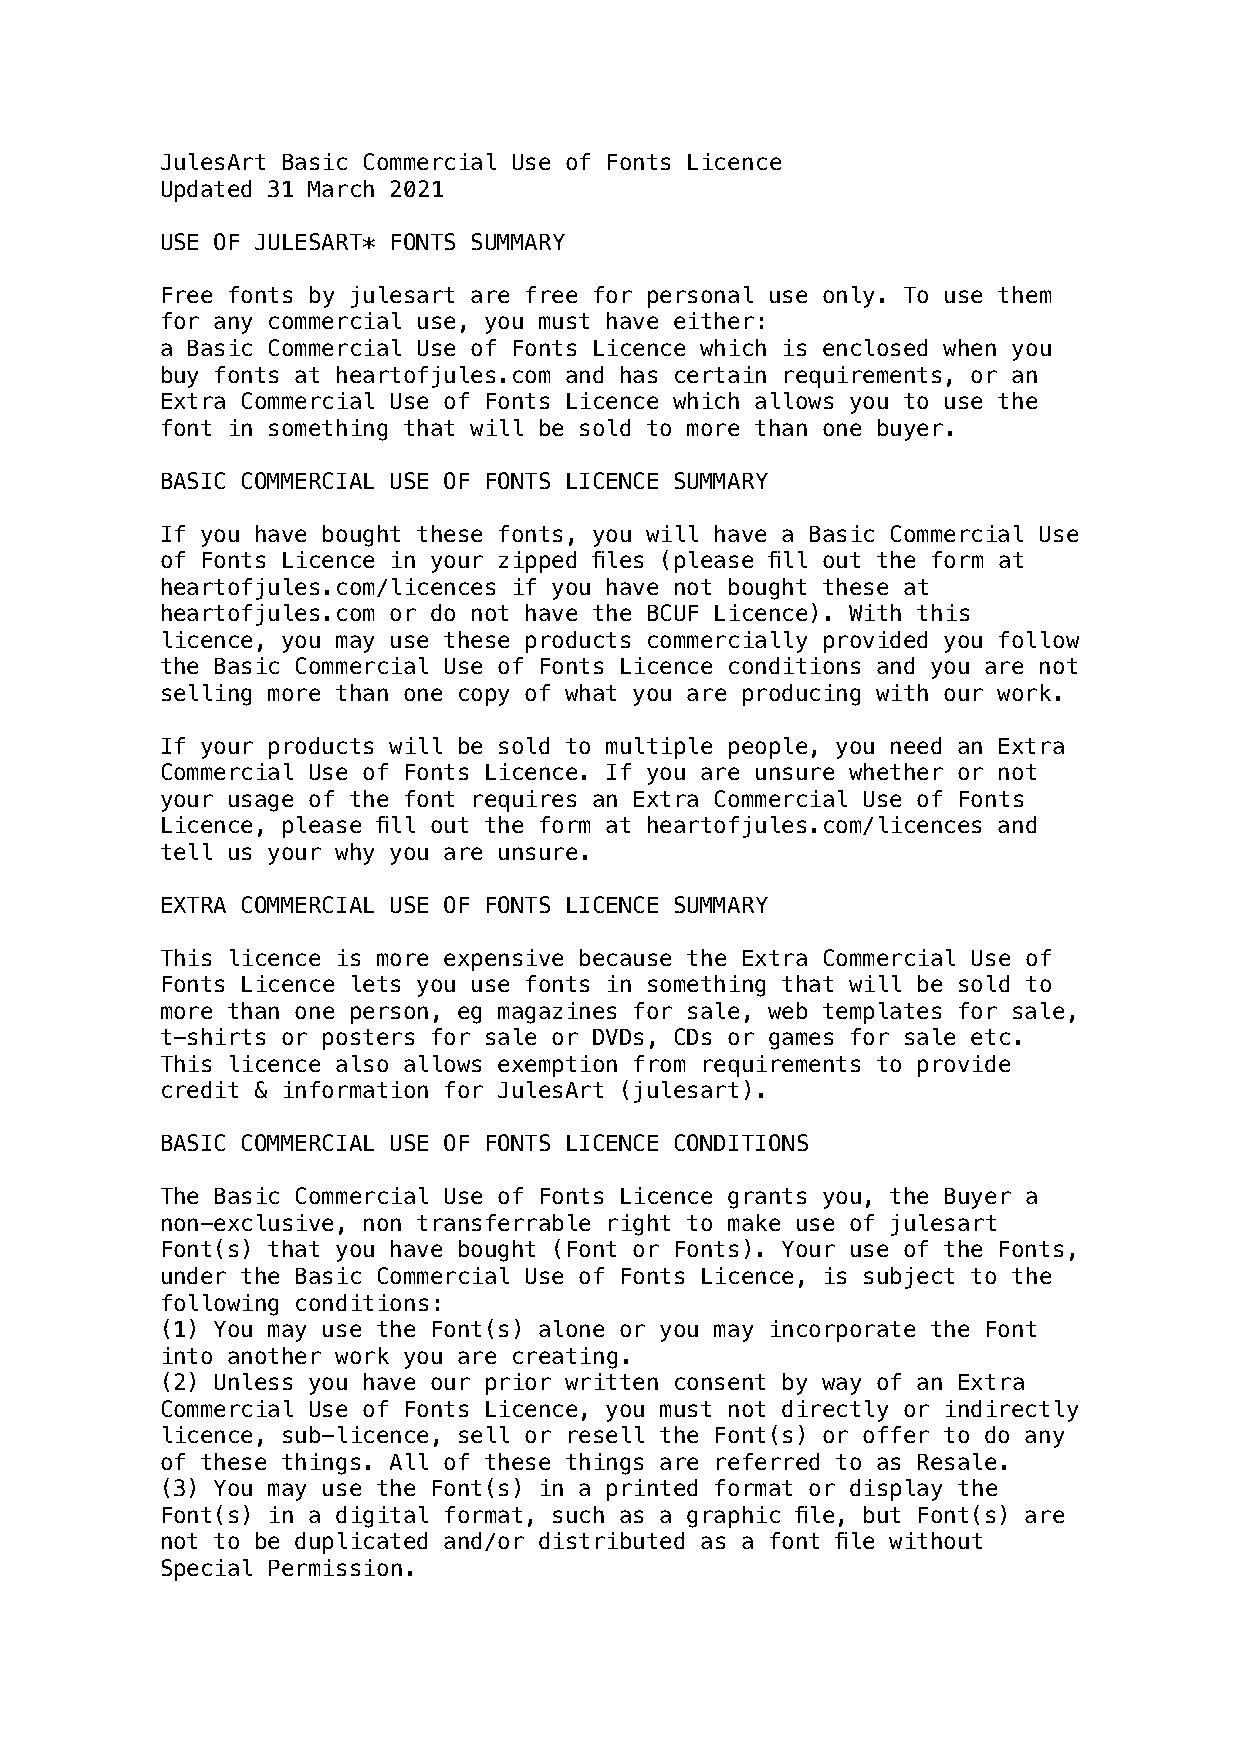
JulesArt Basic Commercial Use of Fonts Licence
 Updated 31 March 2021
 USE OF JULESART* FONTS SUMMARY
 Free fonts by julesart are free for personal use only. To use them
 for any commercial use, you must have either:
 a Basic Commercial Use of Fonts Licence which is enclosed when you
 buy fonts at heartofjules.com and has certain requirements, or an
 Extra Commercial Use of Fonts Licence which allows you to use the
 font in something that will be sold to more than one buyer.
 BASIC COMMERCIAL USE OF FONTS LICENCE SUMMARY
 If you have bought these fonts, you will have a Basic Commercial Use
 of Fonts Licence in your zipped files (please fill out the form at
 heartofjules.com/licences if you have not bought these at
 heartofjules.com or do not have the BCUF Licence). With this
 licence, you may use these products commercially provided you follow
 the Basic Commercial Use of Fonts Licence conditions and you are not
 selling more than one copy of what you are producing with our work.
 If your products will be sold to multiple people, you need an Extra
 Commercial Use of Fonts Licence. If you are unsure whether or not
 your usage of the font requires an Extra Commercial Use of Fonts
 Licence, please fill out the form at heartofjules.com/licences and
 tell us your why you are unsure.
 EXTRA COMMERCIAL USE OF FONTS LICENCE SUMMARY
 This licence is more expensive because the Extra Commercial Use of
 Fonts Licence lets you use fonts in something that will be sold to
 more than one person, eg magazines for sale, web templates for sale,
 t-shirts or posters for sale or DVDs, CDs or games for sale etc.
 This licence also allows exemption from requirements to provide
 credit & information for JulesArt (julesart).
 BASIC COMMERCIAL USE OF FONTS LICENCE CONDITIONS
 The Basic Commercial Use of Fonts Licence grants you, the Buyer a
 non-exclusive, non transferrable right to make use of julesart
 Font(s) that you have bought (Font or Fonts). Your use of the Fonts,
 under the Basic Commercial Use of Fonts Licence, is subject to the
 following conditions:
 (1) You may use the Font(s) alone or you may incorporate the Font
 into another work you are creating.
 (2) Unless you have our prior written consent by way of an Extra
 Commercial Use of Fonts Licence, you must not directly or indirectly
 licence, sub-licence, sell or resell the Font(s) or offer to do any
 of these things. All of these things are referred to as Resale.
 (3) You may use the Font(s) in a printed format or display the
 Font(s) in a digital format, such as a graphic file, but Font(s) are
 not to be duplicated and/or distributed as a font file without
 Special Permission.